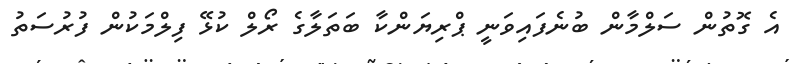
އެ ގޮތުން ސަލްމާން ބުނެފައިވަނީ ޕްރިޔަންކާ ބަތަލާގެ ރޯލް ކުޅޭ ފިލްމަކުން ފުރުސަތު